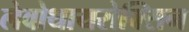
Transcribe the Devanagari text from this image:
लेवोथायरोक्सिन